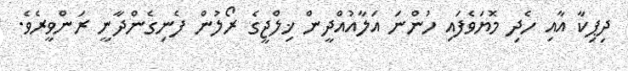
ދިޕިކާ އާއި ހެދި މޮޔަވެފައި ހުންނަ އަލާއުއްދީން ޚިލްޖީގެ ރޯލުން ފެނިގެންދާނީ ރަންވީރެވެ.